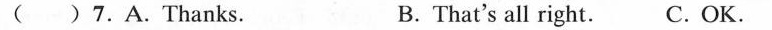
( ) 7.A.Thanks. B.That's all right. C. OK.